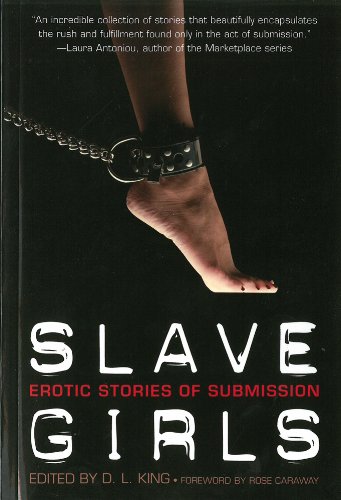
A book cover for Slave Girls: Erotic Stories of Submission; Romance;